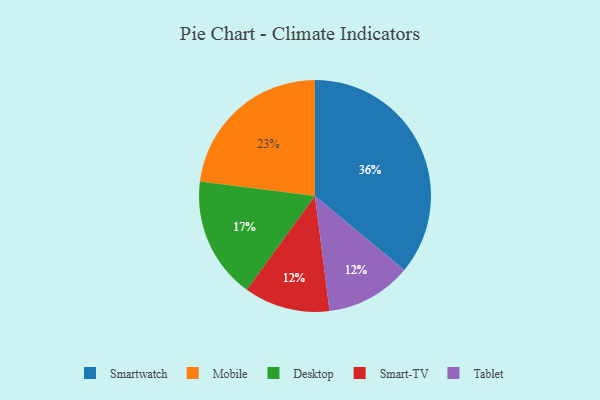
{"axis": {"x": "Category", "y": "Percentage"}, "legend": ["Desktop", "Mobile", "Smart-TV", "Smartwatch", "Tablet"], "data": [{"x": "Smart-TV", "y": 12, "type": "Smart-TV"}, {"x": "Desktop", "y": 17, "type": "Desktop"}, {"x": "Tablet", "y": 12, "type": "Tablet"}, {"x": "Mobile", "y": 23, "type": "Mobile"}, {"x": "Smartwatch", "y": 36, "type": "Smartwatch"}]}